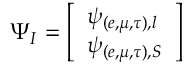
\Psi _ { I } = \left[ \begin{array} { l } { { \psi _ { ( e , \mu , \tau ) , l } } } \\ { { \psi _ { ( e , \mu , \tau ) , S } } } \end{array} \right]